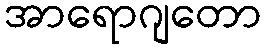
အာရောဂျတော